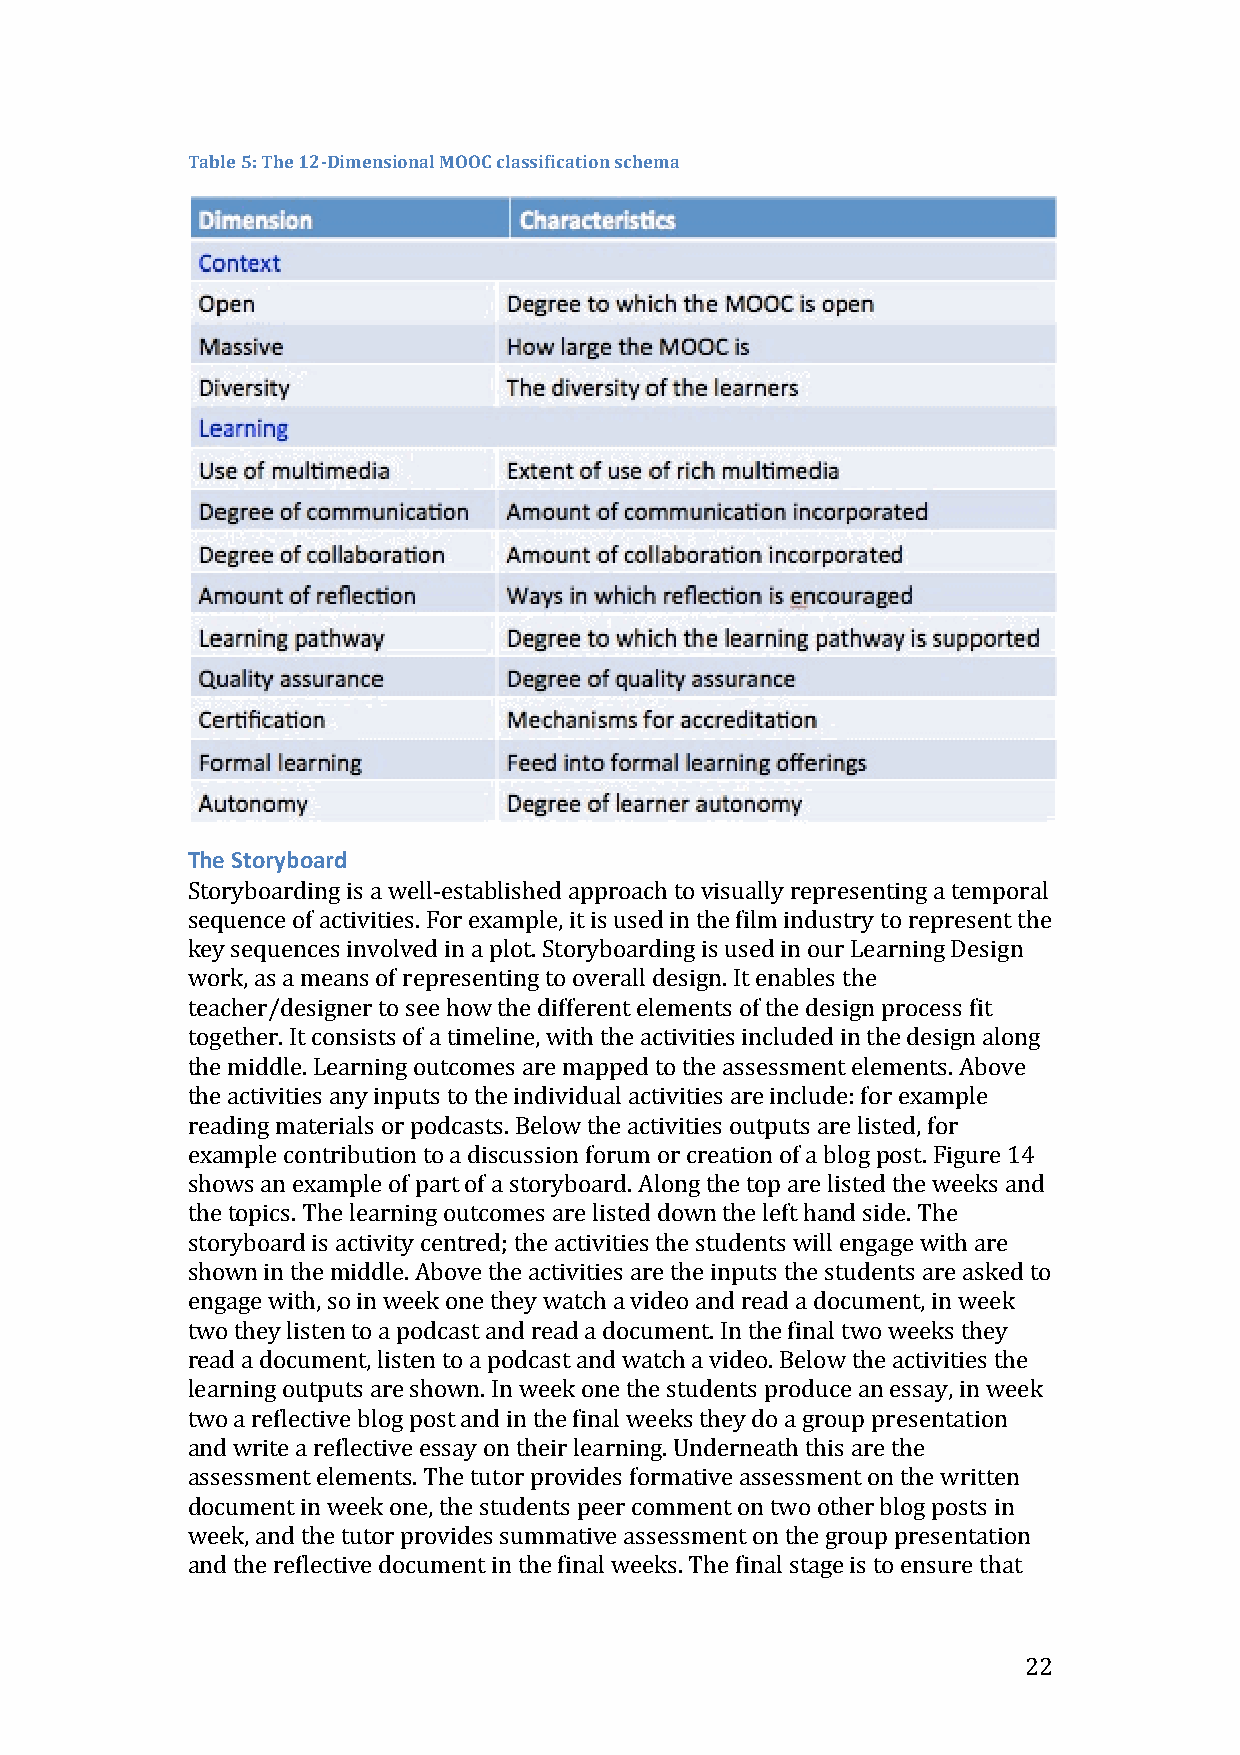
Table 5: The 12-­‐Dimensional MOOC classification schema
 The Storyboard
 Storyboarding is a well-­‐established approach to visually representing a temporal
 sequence of activities. For example, it is used in the film industry to represent the
 key sequences involved in a plot. Storyboarding is used in our Learning Design
 work, as a means of representing to overall design. It enables the
 teacher/designer to see how the different elements of the design process fit
 together. It consists of a timeline, with the activities included in the design along
 the middle. Learning outcomes are mapped to the assessment elements. Above
 the activities any inputs to the individual activities are include: for example
 reading materials or podcasts. Below the activities outputs are listed, for
 example contribution to a discussion forum or creation of a blog post. Figure 14
 shows an example of part of a storyboard. Along the top are listed the weeks and
 the topics. The learning outcomes are listed down the left hand side. The
 storyboard is activity centred; the activities the students will engage with are
 shown in the middle. Above the activities are the inputs the students are asked to
 engage with, so in week one they watch a video and read a document, in week
 two they listen to a podcast and read a document. In the final two weeks they
 read a document, listen to a podcast and watch a video. Below the activities the
 learning outputs are shown. In week one the students produce an essay, in week
 two a reflective blog post and in the final weeks they do a group presentation
 and write a reflective essay on their learning. Underneath this are the
 assessment elements. The tutor provides formative assessment on the written
 document in week one, the students peer comment on two other blog posts in
 week, and the tutor provides summative assessment on the group presentation
 and the reflective document in the final weeks. The final stage is to ensure that
 22